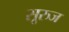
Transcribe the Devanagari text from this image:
सूरुज